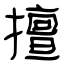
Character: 擅